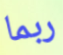
ربما